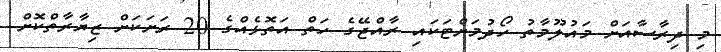
މި ދިރާސާއަށް މައުލޫމާތު ހޯދުމަށްޓަކައި ރާއްޖޭގެ ހަތް އަތޮޅެއްގެ 20 ރަށަކަށް ޒިޔާރާތްކޮށް